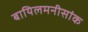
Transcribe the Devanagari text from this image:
बायिलमनीसांक